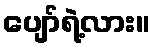
ပျော်ရဲ့လား။